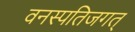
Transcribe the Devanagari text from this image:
वनस्पतिजगत्